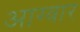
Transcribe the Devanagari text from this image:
आग्वार